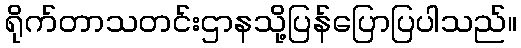
ရိုက်တာသတင်းဌာနသို့ပြန်ပြောပြပါသည်။